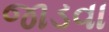
જાડવા